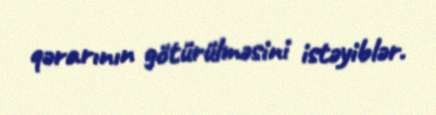
qərarının götürülməsini istəyiblər.